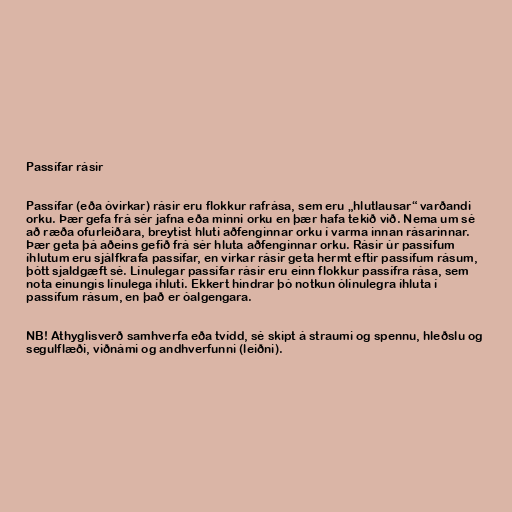
Passífar rásir

Passífar (eða óvirkar) rásir eru flokkur rafrása, sem eru „hlutlausar“ varðandi
orku. Þær gefa frá sér jafna eða minni orku en þær hafa tekið við. Nema um sé
að ræða ofurleiðara, breytist hluti aðfenginnar orku í varma innan rásarinnar.
Þær geta þá aðeins gefið frá sér hluta aðfenginnar orku. Rásir úr passífum
íhlutum eru sjálfkrafa passífar, en virkar rásir geta hermt eftir passífum rásum,
þótt sjaldgæft sé. Línulegar passífar rásir eru einn flokkur passífra rása, sem
nota einungis línulega íhluti. Ekkert hindrar þó notkun ólínulegra íhluta í
passífum rásum, en það er óalgengara.

NB! Athyglisverð samhverfa eða tvídd, sé skipt á straumi og spennu, hleðslu og
segulflæði, viðnámi og andhverfunni (leiðni).